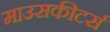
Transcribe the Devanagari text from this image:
माउसकीटर्स